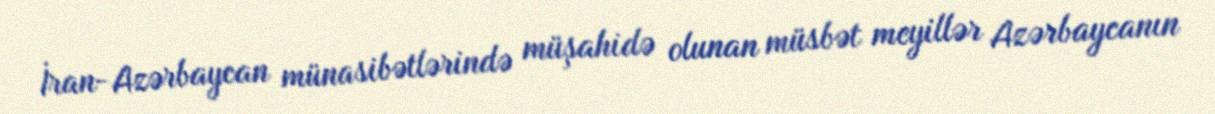
İran-Azərbaycan münasibətlərində müşahidə olunan müsbət meyillər Azərbaycanın